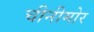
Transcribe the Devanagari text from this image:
चीनीमोर